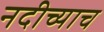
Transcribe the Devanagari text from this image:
नदीच्याच